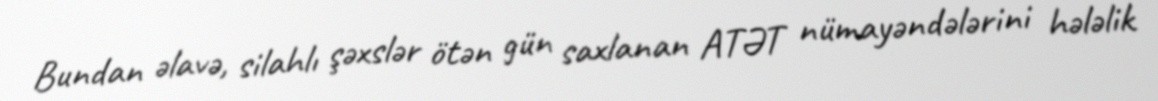
Bundan əlavə, silahlı şəxslər ötən gün saxlanan ATƏT nümayəndələrini hələlik